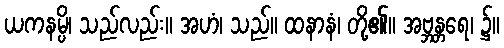
ယကနမ္ပိ၊ သည်လည်း။ အဟံ၊ သည်။ ထနာနံ၊ တို့၏။ အဗ္ဘန္တရေ၊ ၌။